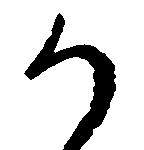
か